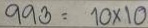
993 = 10 x 10